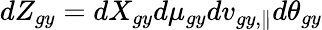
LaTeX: dZ_{gy}=dX_{gy}d\mu_{gy}dv_{gy,\parallel}d\theta_{gy}